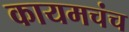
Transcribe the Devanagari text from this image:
कायमचंच